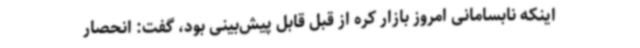
اینکه نابسامانی امروز بازار کره از قبل قابل پیش‌بینی بود، گفت: انحصار